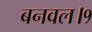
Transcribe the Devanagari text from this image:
बनवल।१